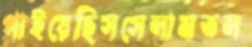
পাইয়েছিসসেলামতল